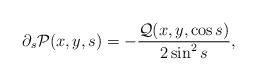
LaTeX: \begin{align*} \partial_s \mathcal P(x,y,s) =-\frac{\mathcal{Q}(x,y,\cos s)}{2\sin^2s}, \end{align*}